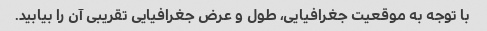
با توجه به موقعیت جغرافیایی، طول و عرض جغرافیایی تقریبی آن را بیابید.